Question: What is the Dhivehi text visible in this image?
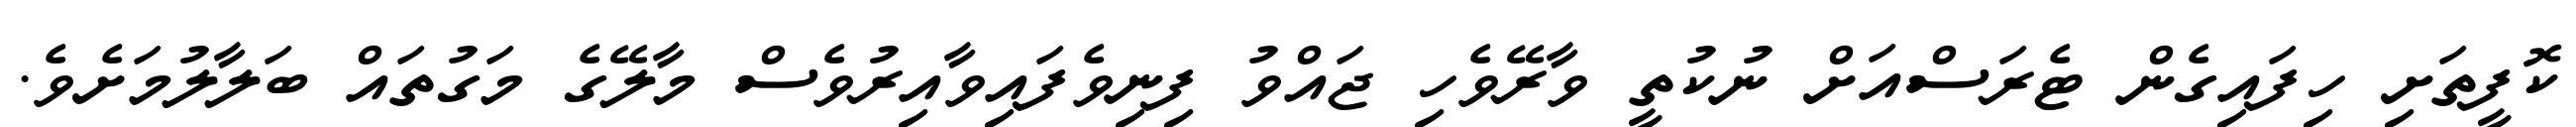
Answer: ކޮފީތަށި ހިފައިގެން ޓެރަސްއަށް ނުކުތީ ވާރޭވެހި ޖައްވު ފިނިވެފައިވާއިރުވެސް މާލޭގެ މަގުތައް ބަލާލުމަށެވެ.